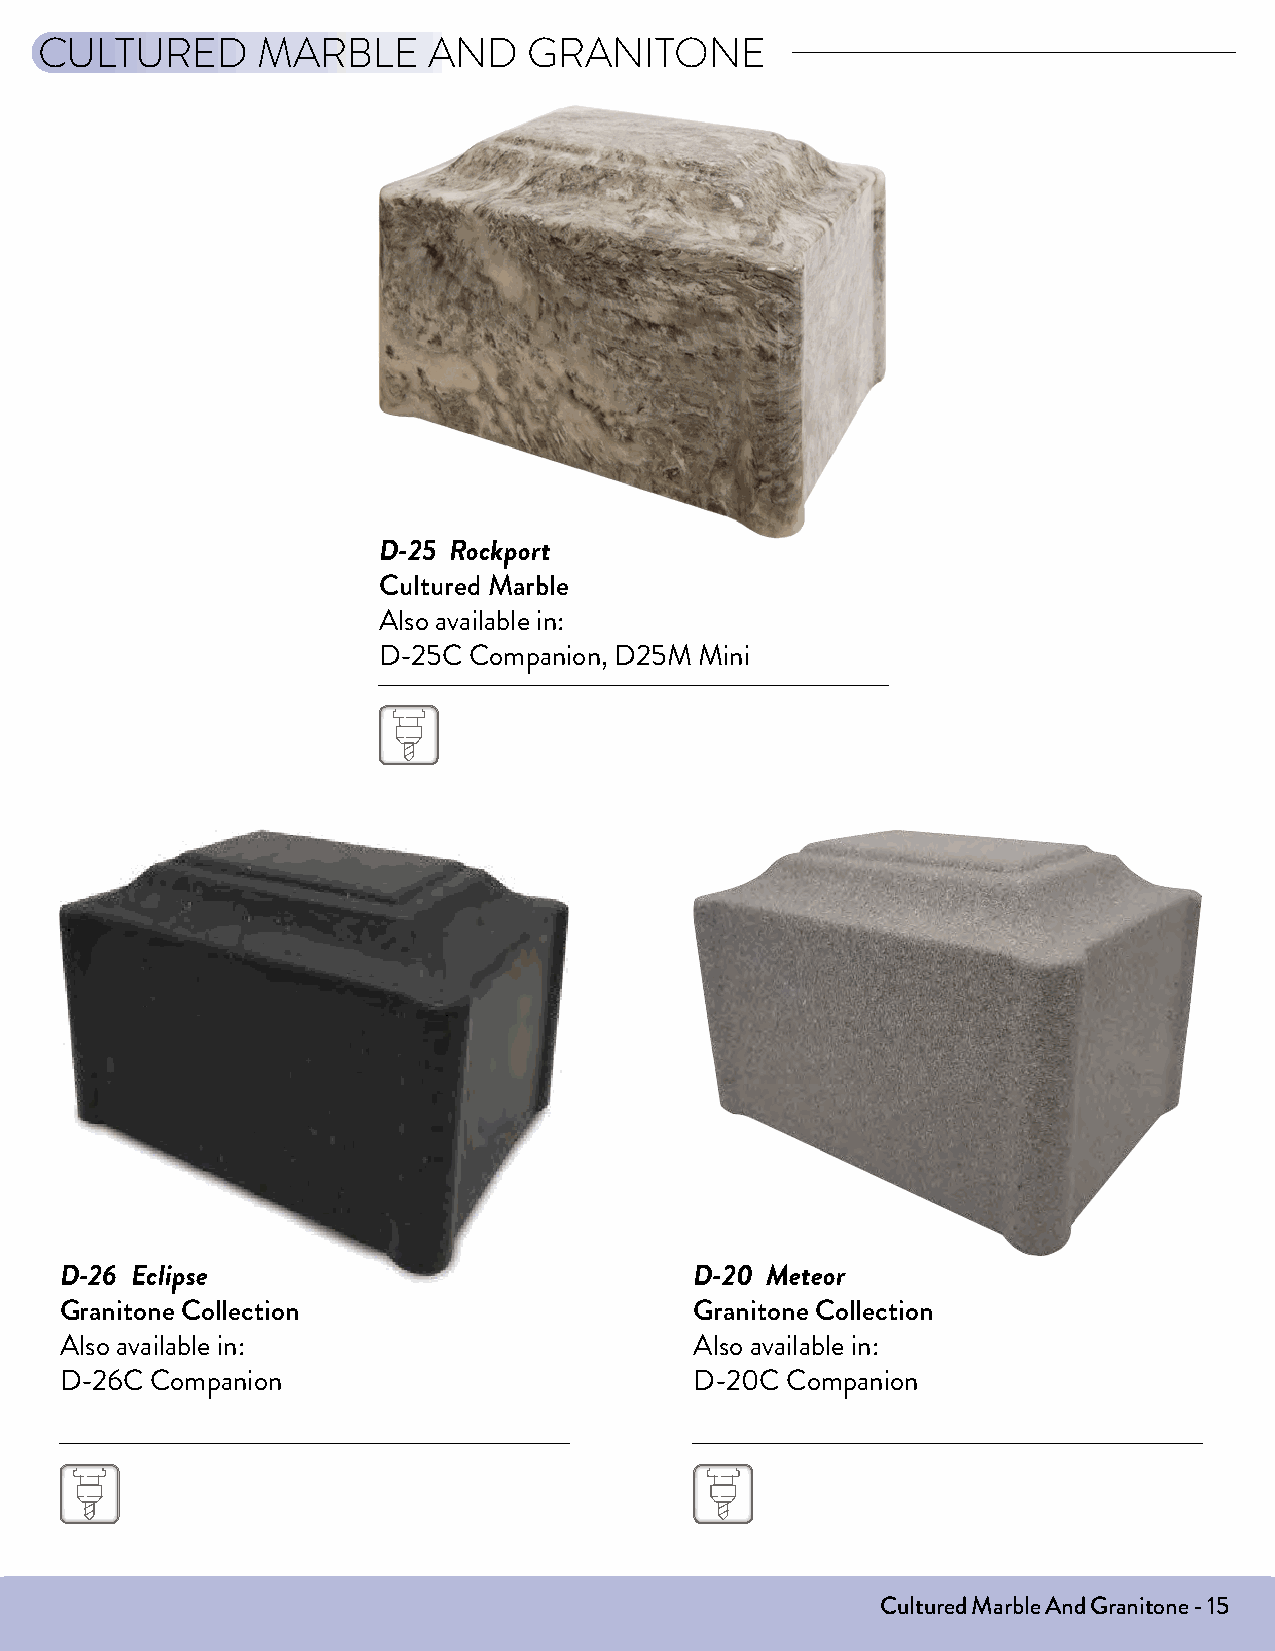
CULTURED       MARBLE     AND    GRANITONE
 D-25 Rockport
 Cultured Marble
 Also available in:
 D-25C Companion, D25M Mini
 D-26 Eclipse                              D-20 Meteor
 Granitone Collection                      Granitone Collection
 Also available in:                        Also available in:
 D-26C Companion                           D-20C Companion
 Cultured Marble And Granitone - 15